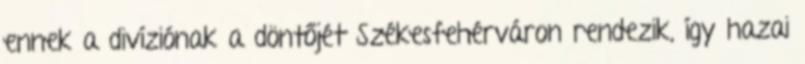
ennek a divíziónak a döntőjét Székesfehérváron rendezik, így hazai